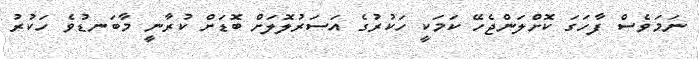
ނަމަވެސް ފާހަގަ ކޮށްލަންޖެހޭ ކަމަކީ ހަކުރުގެ އަސަރުލޮލަށް ބޮޑަށް ކުރާނީ މާބަނޑުވެ ހަކުރު